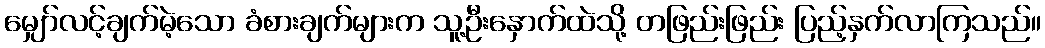
မျှော်လင့်ချက်မဲ့သော ခံစားချက်များက သူ့ဦးနှောက်ထဲသို့ တဖြည်းဖြည်း ပြည့်နှက်လာကြသည်။